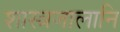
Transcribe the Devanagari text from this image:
शास्त्रजालानि